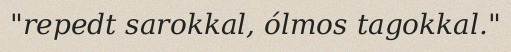
"repedt sarokkal, ólmos tagokkal."